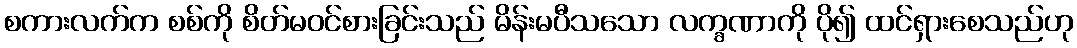
စကားလက်က စစ်ကို စိတ်မဝင်စားခြင်းသည် မိန်းမပီသသော လက္ခဏာကို ပို၍ ထင်ရှားစေသည်ဟု